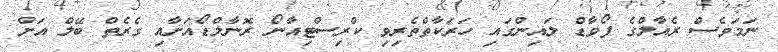
ނަމަވެސް ރެއާލްގެ ފޯވާޑް ލައިންގައި ހަރަކާތްތެރިވި ކްރިސްޓިއާނޯ ރޮނާލްޑޯއަށާއި ގެރެތް ބޭލް އަށް